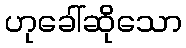
ဟုခေါ်ဆိုသော